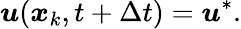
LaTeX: \boldsymbol{u}(\boldsymbol{x}_{k},t+\Delta{t})=\boldsymbol{u}^{*}.